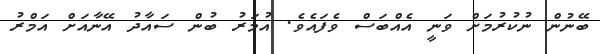
ބޭނުން ނުކުރުމަށް ވަނީ އެއްބަސް ވެފައެވެ. އުމަރު ބުން ސައާދު އޭނާއަށް އަމްރު